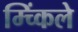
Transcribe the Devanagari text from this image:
म्च्किंले